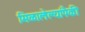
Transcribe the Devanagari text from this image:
मिळालेल्यांपैकी